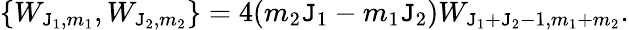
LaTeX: \{ W_{\mathtt{J}_{1},m_{1}},W_{\mathtt{J}_{2},m_{2}}\} =4(m_{2}\mathtt{J}_{1}-m_{1}\mathtt{J}_{2})W_{\mathtt{J}_{1}+\mathtt{J}_{2}-1,m_{1}+m_{2}}.